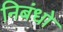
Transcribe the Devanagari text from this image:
निबंधो